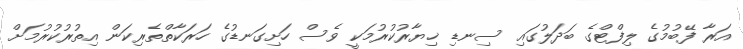
އަރާ ފޭބުމުގެ ލިފްޓްގެ ބަދަލުގައި ސިނޑި ޚިޔާރުކުރުމަކީ ވެސް ހަށިގަނޑުގެ ހަރަކާތްތެރިކަން އިތުރުކުރުމަށް